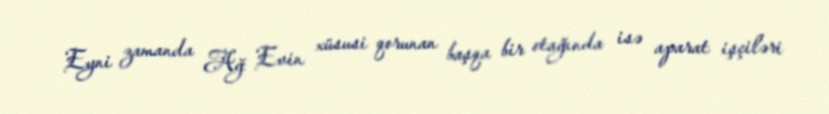
Eyni zamanda Ağ Evin xüsusi qorunan başqa bir otağında isə aparat işçiləri